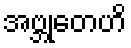
အဗ္ဘုတေဟိ